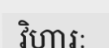
វិហារៈ